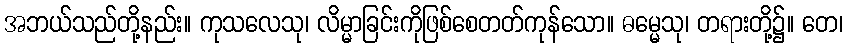
အဘယ်သည်တို့နည်း။ ကုသလေသု၊ လိမ္မာခြင်းကိုဖြစ်စေတတ်ကုန်သော။ ဓမ္မေသု၊ တရားတို့၌။ တေ၊